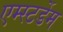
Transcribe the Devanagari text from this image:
एम्स्टर्डेम